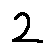
2